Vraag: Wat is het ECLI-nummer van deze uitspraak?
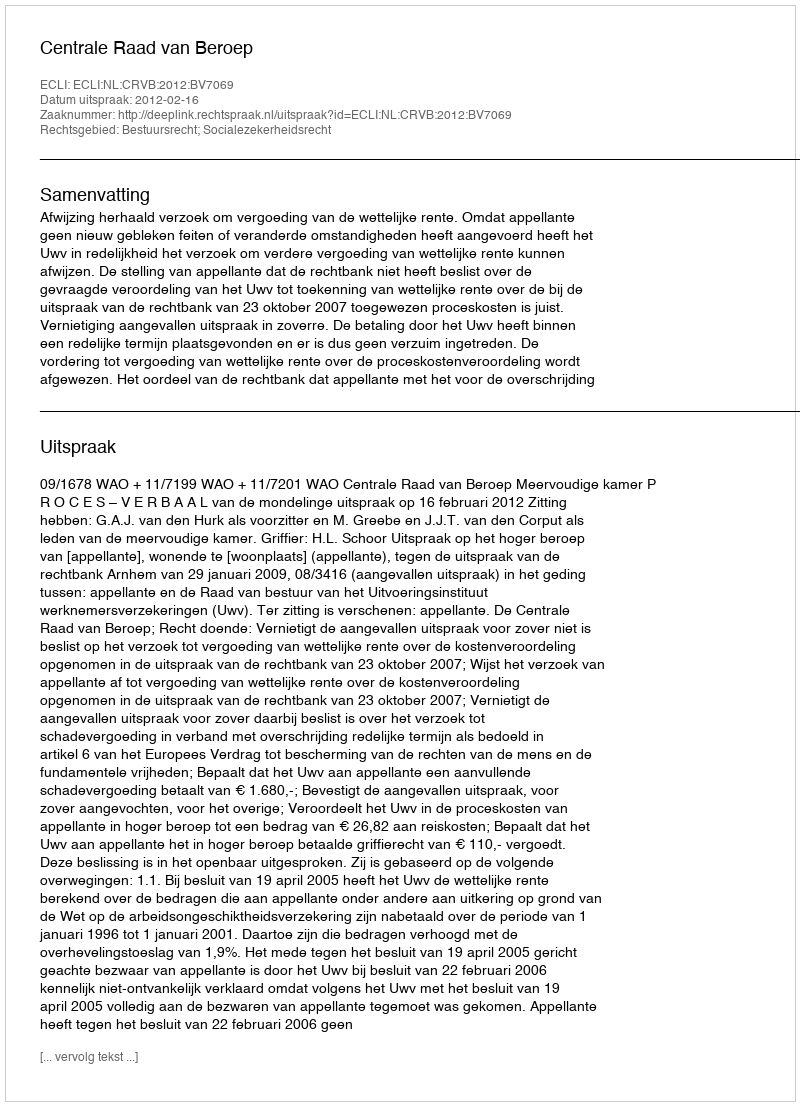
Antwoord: ECLI:NL:CRVB:2012:BV7069